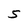
Character: S